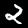
Label: 2